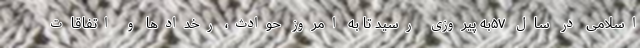
اسلامی در سال ۵۷به پیروزی رسید تا به امروز حوادث، رخدادها و اتفاقات